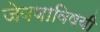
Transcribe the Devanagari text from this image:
जेवणाविषयी